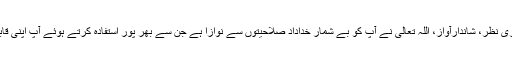
حالات حاضرہ پر گہری نظر، شاندارآواز، اللہ تعالیٰ نے آپ کو بے شمار خداداد صلاحیتوں سے نوازا ہے جن سے بھر پور استفادہ کرتے ہوئے آپ اپنی قابلیت کو منوا رہے ہیں۔